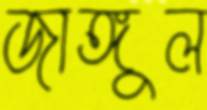
জাঙ্গুল